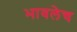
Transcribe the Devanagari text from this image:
भावलेच